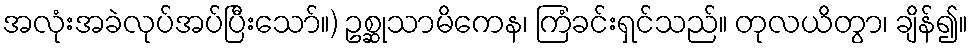
အလုံးအခဲလုပ်အပ်ပြီးသော်။) ဥစ္ဆုသာမိကေန၊ ကြံခင်းရှင်သည်။ တုလယိတွာ၊ ချိန်၍။